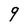
Character: q